Report of veterinary surgeon J.H. Steel, A.V.D., on his investigation into an obscure and fatal disease among transport mules in British Burma
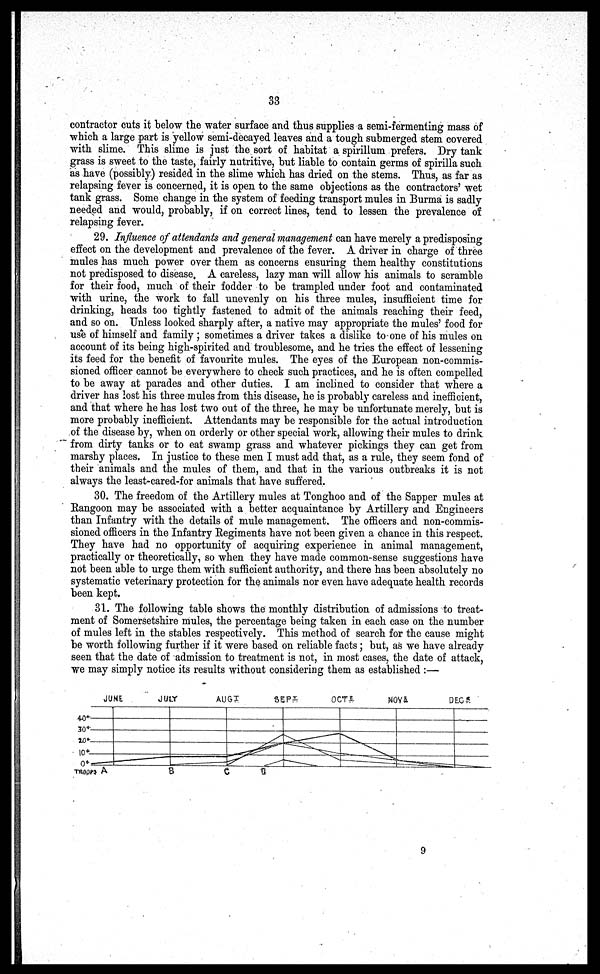
33
contractor cuts it below the water surface and thus supplies a semi-fermenting mass of
which a large part is yellow semi-decayed leaves and a tough submerged stem covered
with slime. This slime is just the sort of habitat a spirillum prefers. Dry tank
grass is sweet to the taste, fairly nutritive, but liable to contain germs of spirilla such
as have (possibly) resided in the slime which has dried on the stems. Thus, as far as
relapsing fever is concerned, it is open to the same objections as the contractors' wet
tank grass. Some change in the system of feeding transport mules in Burma is sadly
needed and would, probably, if on correct lines, tend to lessen the prevalence of
relapsing fever.
29. Influence of attendants and general management can have merely a predisposing
effect on the development and prevalence of the fever. A driver in charge of three
mules has much power over them as concerns ensuring them healthy constitutions
not predisposed to disease, A careless, lazy man will allow his animals to scramble
for their food, much of their fodder to be trampled under foot and contaminated
with urine, the work to fall unevenly on his three mules, insufficient time for
drinking, heads too tightly fastened to admit of the animals reaching their feed,
and so on. Unless looked sharply after, a native may appropriate the mules' food for
use of himself and family ; sometimes a driver takes a dislike to one of his mules on
account of its being high-spirited and troublesome, and he tries the effect of lessening
its feed for the benefit of favourite mules. The eyes of the European non-commis-
sioned officer cannot be everywhere to check such practices, and he is often compelled
to be away at parades and other duties. I am inclined to consider that where a
driver has lost his three mules from this disease, he is probably careless and inefficient,
and that where he has lost two out of the three, he may be unfortunate merely, but is
more probably inefficient. Attendants may be responsible for the actual introduction
of the disease by, when on orderly or other special work, allowing their mules to drink
from dirty tanks or to eat swamp grass and whatever pickings they can get from
marshy places. In justice to these men I must add that, as a rule, they seem fond of
their animals and the mules of them, and that in the various outbreaks it is not
always the least-cared-for animals that have suffered.
30. The freedom of the Artillery mules at Tonghoo and of the Sapper mules at
Rangoon may be associated with a better acquaintance by Artillery and Engineers
than Infantry with the details of mule management. The officers and non-commis-
sioned officers in the Infantry Regiments have not been given a chance in this respect.
They have had no opportunity of acquiring experience in animal management,
practically or theoretically, so when they have made common-sense suggestions have
not been able to urge them with sufficient authority, and there has been absolutely no
systematic veterinary protection for the animals nor even have adequate health records
been kept.
31. The following table shows the monthly distribution of admissions to treat-
ment of Somersetshire mules, the percentage being taken in each case on the number
of mules left in the stables respectively. This method of search for the cause might
be worth following further if it were based on reliable facts; but, as we have already
seen that the date of admission to treatment is not, in most cases, the date of attack,
we may simply notice its results without considering them as established :—
9